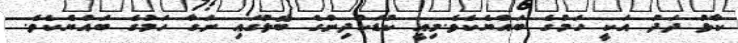
ކާޅު ދަދު އަކީ ހަމުގެ ބައްޔެކެވެ.މިއީ ކުޑަކުދިންގެ ބޮލުގައި ނަގާ ހަމުގެ ބައްޔެކެވެ.